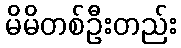
မိမိတစ်ဦးတည်း